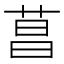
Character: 菖